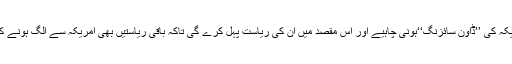
اس تنظیم کے راہنماؤں کا خیال ہے کہ امریکہ کی ’’ڈاؤن سائزنگ‘‘ہونی چاہیے اور اس مقصد میں ان کی ریاست پہل کرے گی تاکہ باقی ریاستیں بھی امریکہ سے الگ ہونے کا پروگرام بنائیں اور پھراس پر عمل کریں ۔